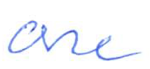
Text: one
Cross-out: clean
Writing tool: ballpoint